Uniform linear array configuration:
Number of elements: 48
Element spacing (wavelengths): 0.5
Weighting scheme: blackman
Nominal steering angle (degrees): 15
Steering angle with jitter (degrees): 14.557
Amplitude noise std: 0.05
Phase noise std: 0.05

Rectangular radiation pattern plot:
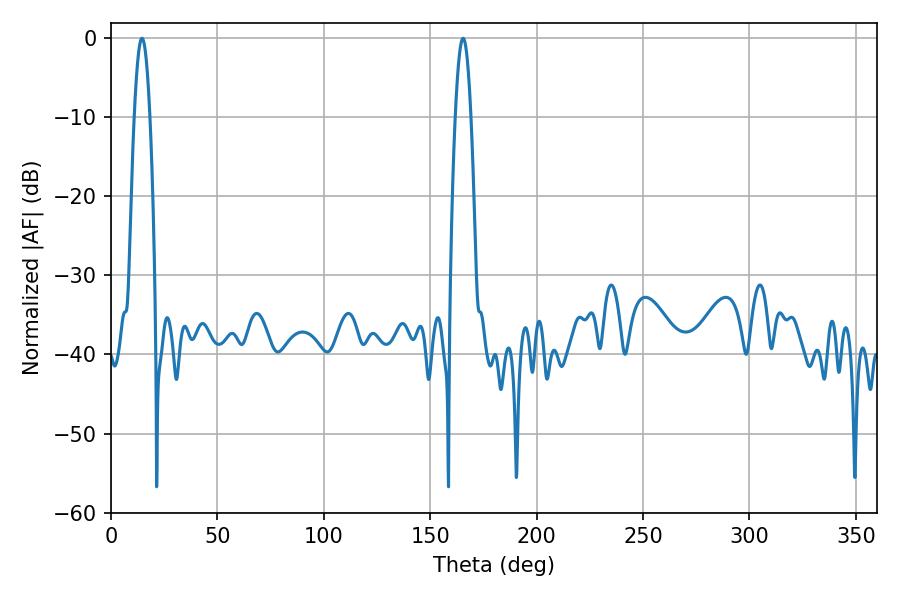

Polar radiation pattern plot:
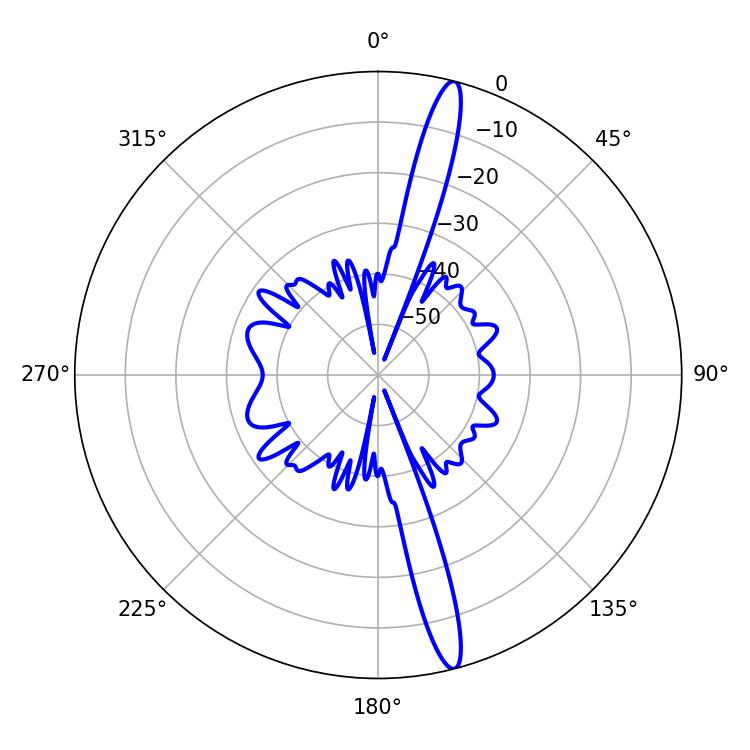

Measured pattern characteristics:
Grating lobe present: FALSE
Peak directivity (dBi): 17.188
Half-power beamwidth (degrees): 3.96
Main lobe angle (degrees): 14.58